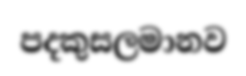
පදකුසලමානව